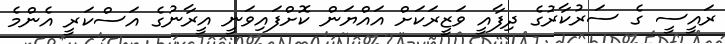
ރައީސީ ގެ ސަރުކާރުގެ ދިފާއީ ވަޒީރަކަށް އައްޔަން ކޮށްފައިވަނީ އީރާނުގެ އަސްކަރީ އެންމެ